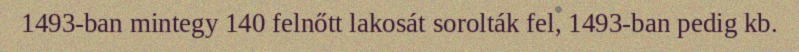
1493-ban mintegy 140 felnőtt lakosát sorolták fel, 1493-ban pedig kb.